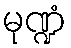
မုဏ္ဍံ